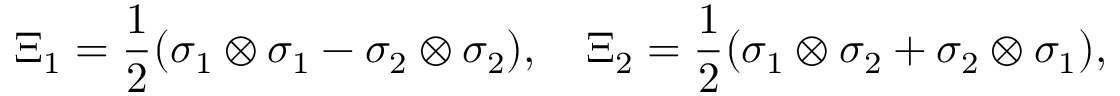
\Xi _ { 1 } = \frac { 1 } { 2 } ( \sigma _ { 1 } \otimes \sigma _ { 1 } - \sigma _ { 2 } \otimes \sigma _ { 2 } ) , \quad \Xi _ { 2 } = \frac { 1 } { 2 } ( \sigma _ { 1 } \otimes \sigma _ { 2 } + \sigma _ { 2 } \otimes \sigma _ { 1 } ) ,